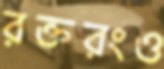
রক্তরংও